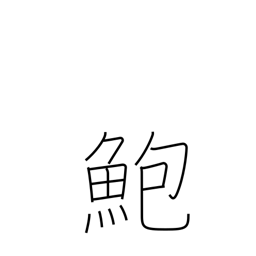
Meaning: abalone